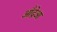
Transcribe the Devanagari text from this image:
आँद्रेआ